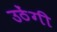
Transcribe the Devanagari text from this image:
उठेंगी